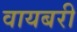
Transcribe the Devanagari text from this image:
वायबरी